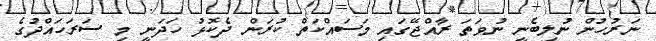
ނަރުހުން ނުލިބެނީ ނުވަތަ ރާއްޖޭގައި މަސައްކަތް ކުރަން ދެކޮޅު ހަދަނީ މި ސަރަހައްދުގެ